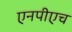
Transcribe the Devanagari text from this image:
एनपीएच